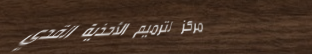
مركز لترميم الأحذية القدي